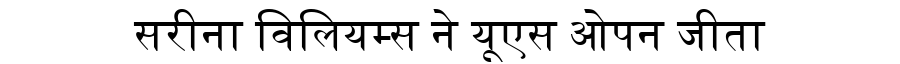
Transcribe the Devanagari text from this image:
सरीना विलियम्स ने यूएस ओपन जीता